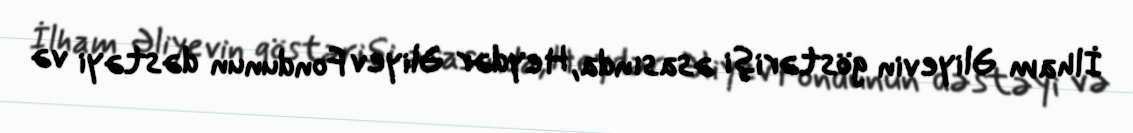
İlham Əliyevin göstərişi əsasında, Heydər Əliyev Fondunun dəstəyi və